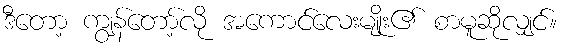
ဒီတော့ ကျွန်တော့်လို အကောင်လေးမျိုး၏ စာမူဆိုလျှင်။